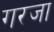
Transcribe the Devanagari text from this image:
गरजा